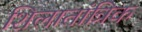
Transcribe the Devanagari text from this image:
शिलातांत्रिक